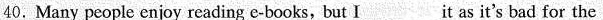
40.Many people enjoy reading e-books, but Iitas it's bad for the